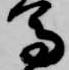
馬